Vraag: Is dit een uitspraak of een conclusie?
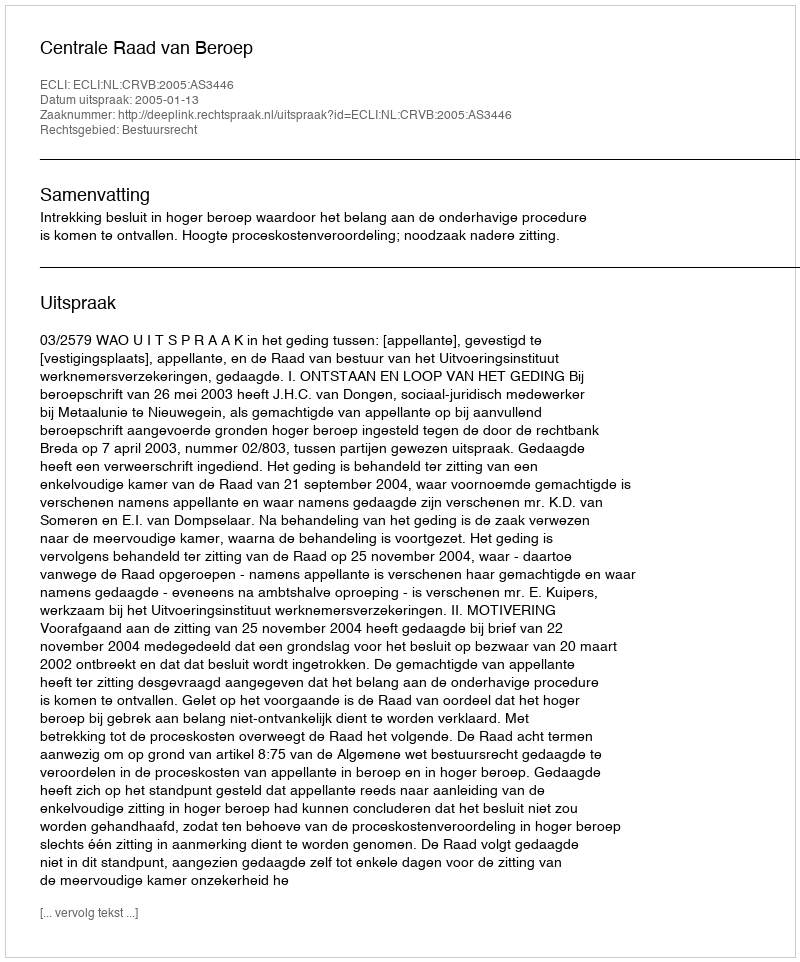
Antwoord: Uitspraak